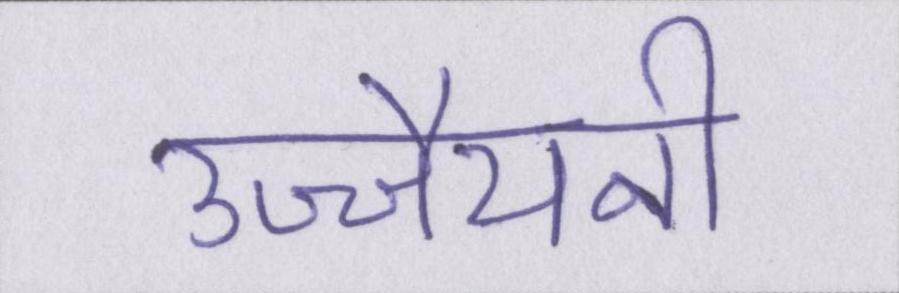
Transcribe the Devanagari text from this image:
उज्जैयनी